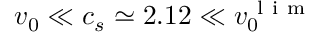
v _ { 0 } \ll c _ { s } \simeq 2 . 1 2 \ll v _ { 0 } ^ { \mathrm { ~ l ~ i ~ m ~ } }